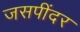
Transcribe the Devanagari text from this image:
जसपींदर